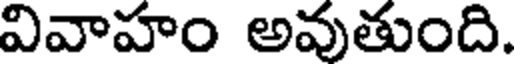
వివాహం అవుతుంది.